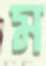
ম